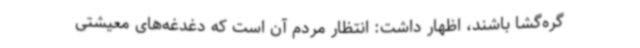
گره‌گشا باشند، اظهار داشت: انتظار مردم آن است که دغدغه‌های معیشتی